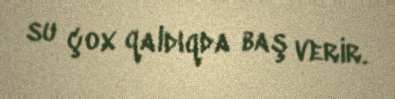
su çox qaldıqda baş verir.